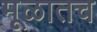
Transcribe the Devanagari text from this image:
मूळातच